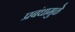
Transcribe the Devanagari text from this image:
प्रबंधामुळे